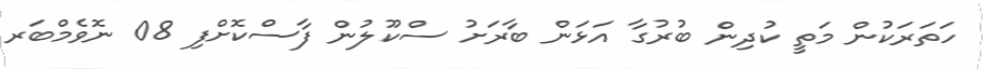
ހަތަރަކުން މަތީ ކުދިން ބުރުގާ އަޅަން ބާރަށު ސްކޫލުން ފާސްކޮށްފި 08 ނޮވެމްބަރ